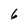
Character: 6